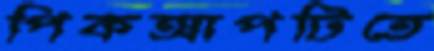
পিকআপটিতে